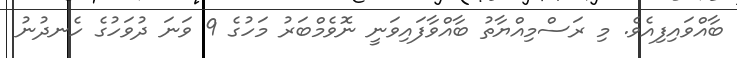
ބާއްވައިފިއެވެ. މި ރަސްމިއްޔާތު ބާއްވާފައިވަނީ ނޮވެމްބަރު މަހުގެ 9 ވަނަ ދުވަހުގެ ހެނދުނު